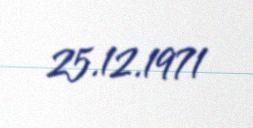
25.12.1971